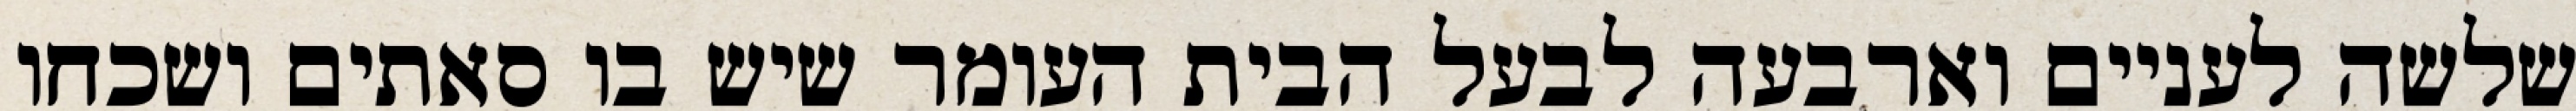
שלשה לעניים וארבעה לבעל הבית העומר שיש בו סאתים ושכחו